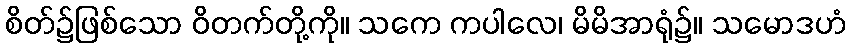
စိတ်၌ဖြစ်သော ဝိတက်တို့ကို။ သကေ ကပါလေ၊ မိမိအာရုံ၌။ သမောဒဟံ